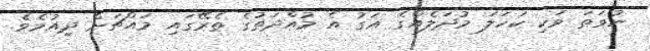
ނުވަތަ ވަކި ކަހަލަ މުދަލެއްގެ އަގު އެ މުއްދަތުގެ ތެރޭގައި މައްޗަށް ދިއުމެވެ.